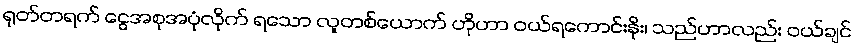
ရုတ်တရက် ငွေအစုအပုံလိုက် ရသော လူတစ်ယောက် ဟိုဟာ ဝယ်ရကောင်းနိုး၊ သည်ဟာလည်း ဝယ်ချင်